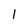
Character: l